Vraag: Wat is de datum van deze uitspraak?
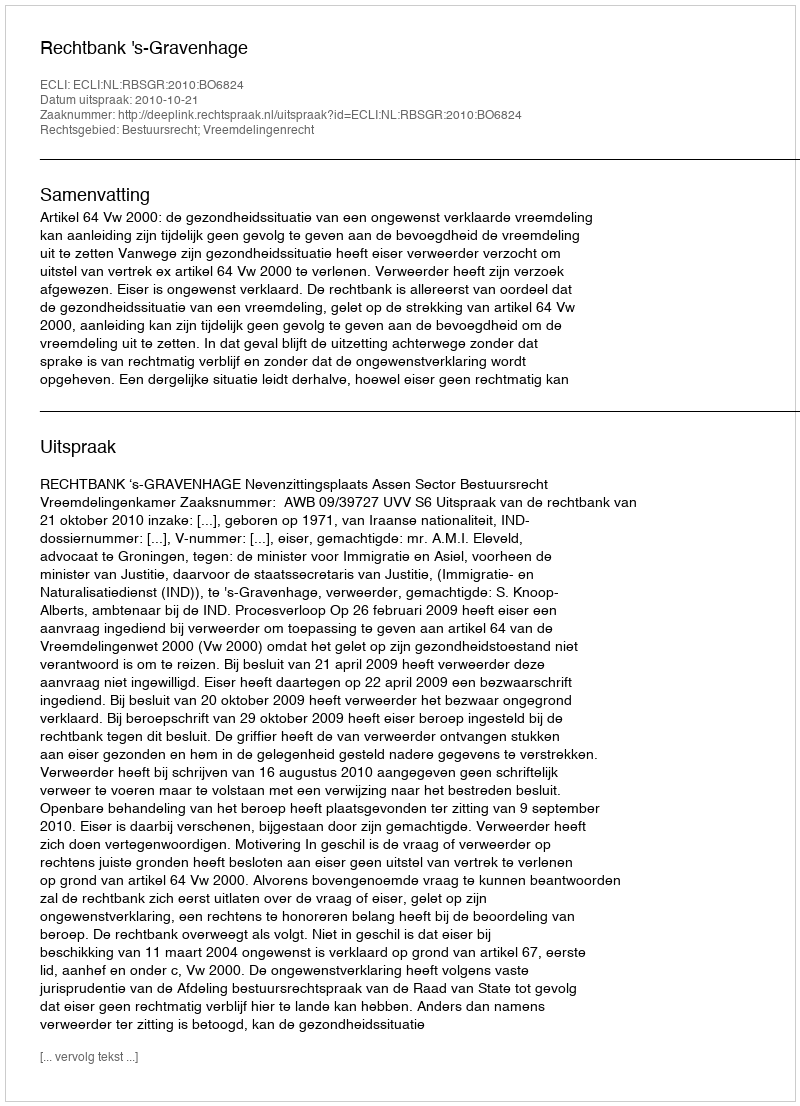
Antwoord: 2010-10-21